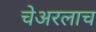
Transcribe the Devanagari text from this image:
चेअरलाच